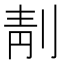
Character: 𠝜